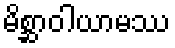
မိစ္ဆာဝါယာမဿ